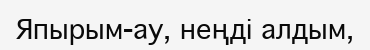
Япырым-ау, неңді алдым,